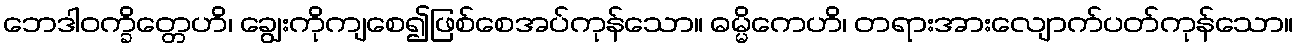
ဘေဒါဝက္ခိတ္တေဟိ၊ ချွေးကိုကျစေ၍ဖြစ်စေအပ်ကုန်သော။ ဓမ္မိကေဟိ၊ တရားအားလျောက်ပတ်ကုန်သော။